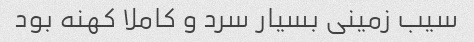
سیب زمینی بسیار سرد و کاملا کهنه بود